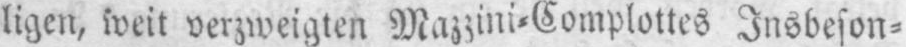
verzweigten Mazzini⸗Complottes Insbeson⸗